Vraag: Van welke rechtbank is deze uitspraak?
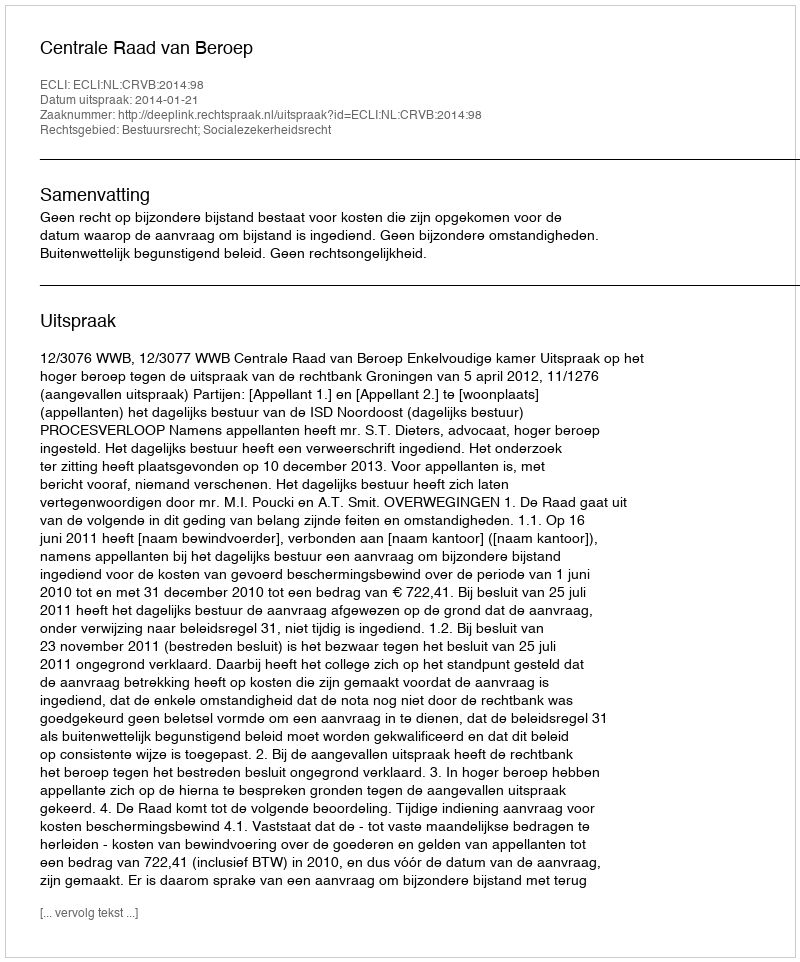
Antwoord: Centrale Raad van Beroep